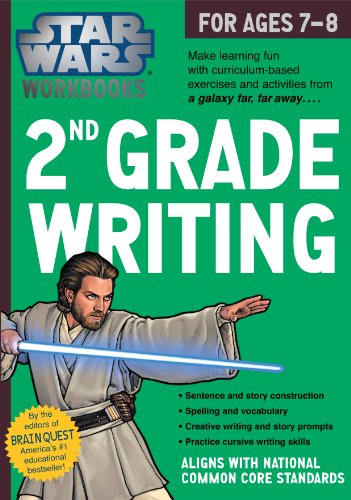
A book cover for Star Wars Workbook: 2nd Grade Writing; Workman Publishing; Children's Books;